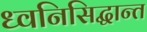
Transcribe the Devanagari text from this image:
ध्वनिसिद्धान्त